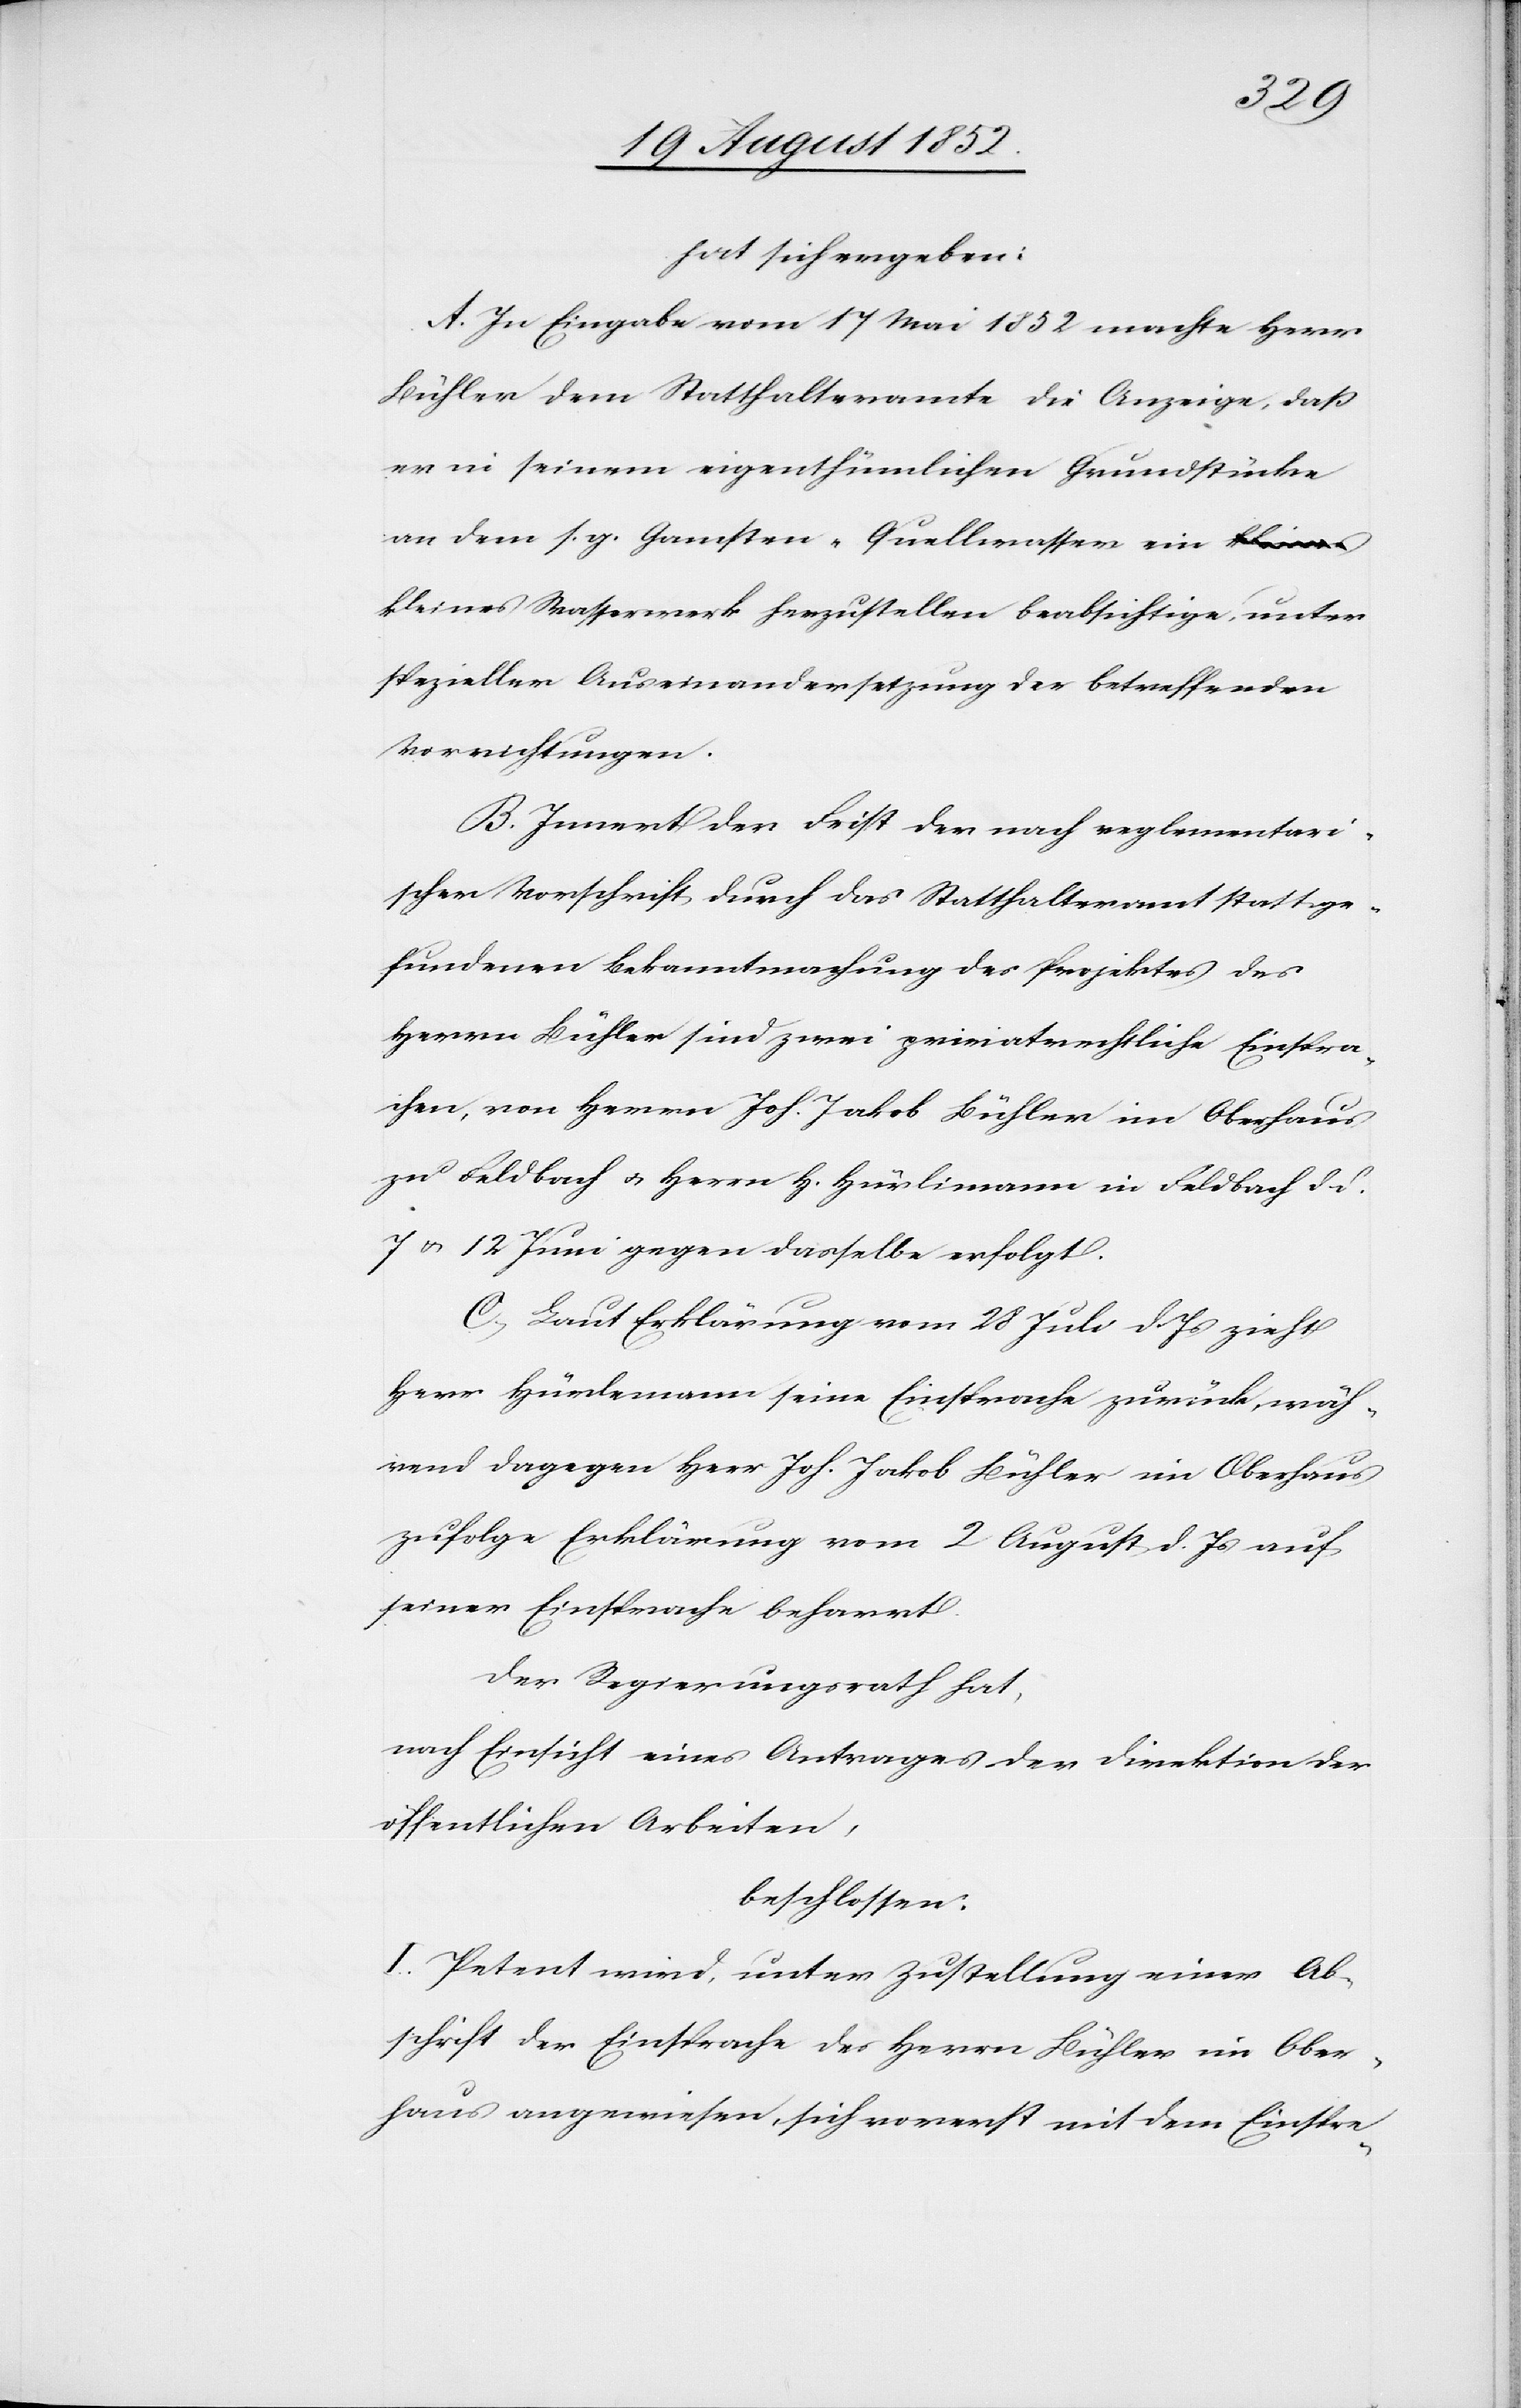
hat sich ergeben:
A. In Eingabe vom 17 Mai 1852 machte Herr
Bühler dem Statthalteramte die Anzeige, daß
er in seinem eigenthümlichen Grundstücke
an dem s. g. Gamsten-Quellwasser ein k¬
leines Wasserwerk herzustellen beabsichtige, unter
spezieller Auseinandersetzung der betreffenden
Vorrichtungen.
B. Innert der Frist der nach reglementari¬
scher Vorschrift durch das Statthalteramt statt ge¬
fundenen Bekanntmachung des Projektes des
Herrn Bühler sind zwei privatrechtliche Einspra¬
chen, von Herrn Joh. Jakob Bühler im Oberhaus
zu Feldbach & Herrn H. Hürlimann in Feldbach d d.
7 & 12 Juni gegen dasselbe erfolgt.
C, Laut Erklärung vom 28 Juli d. Js zieht
Herr Hürlemann [sic!] seine Einsprache zurück, wäh¬
rend dagegen Herr Joh. Jakob Bühler im Oberhaus
zufolge Erklärung vom 2 August d. Js auf
seiner Einsprache beharrt.
Der Regierungsrath hat,
nach Einsicht eines Antrages der Direktion der
öffentlichen Arbeiten,
beschlossen:
I. Petent wird, unter Zustellung einer Ab¬
schrift der Einsprache des Herrn Bühler im Ober¬
haus angewiesen, sich vorerst mit dem Einspre-